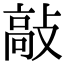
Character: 敲